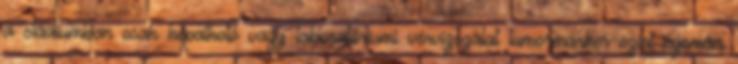
a stádiumban csak képalkotó vagy laboratóriumi vérvizsgálat tumormarker-szint nyomán